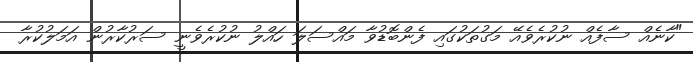
"ކާނެއް ސާފެއް ނުކުރެވެއޭ މަގުތަކުގައި ފެންބޮޑުވާ މައްސަލަ ހައްލު ނުކުރެވެނީ ސަރުކާރުން އަމަލުކުރާ